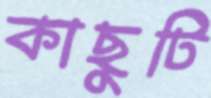
কাছুটি